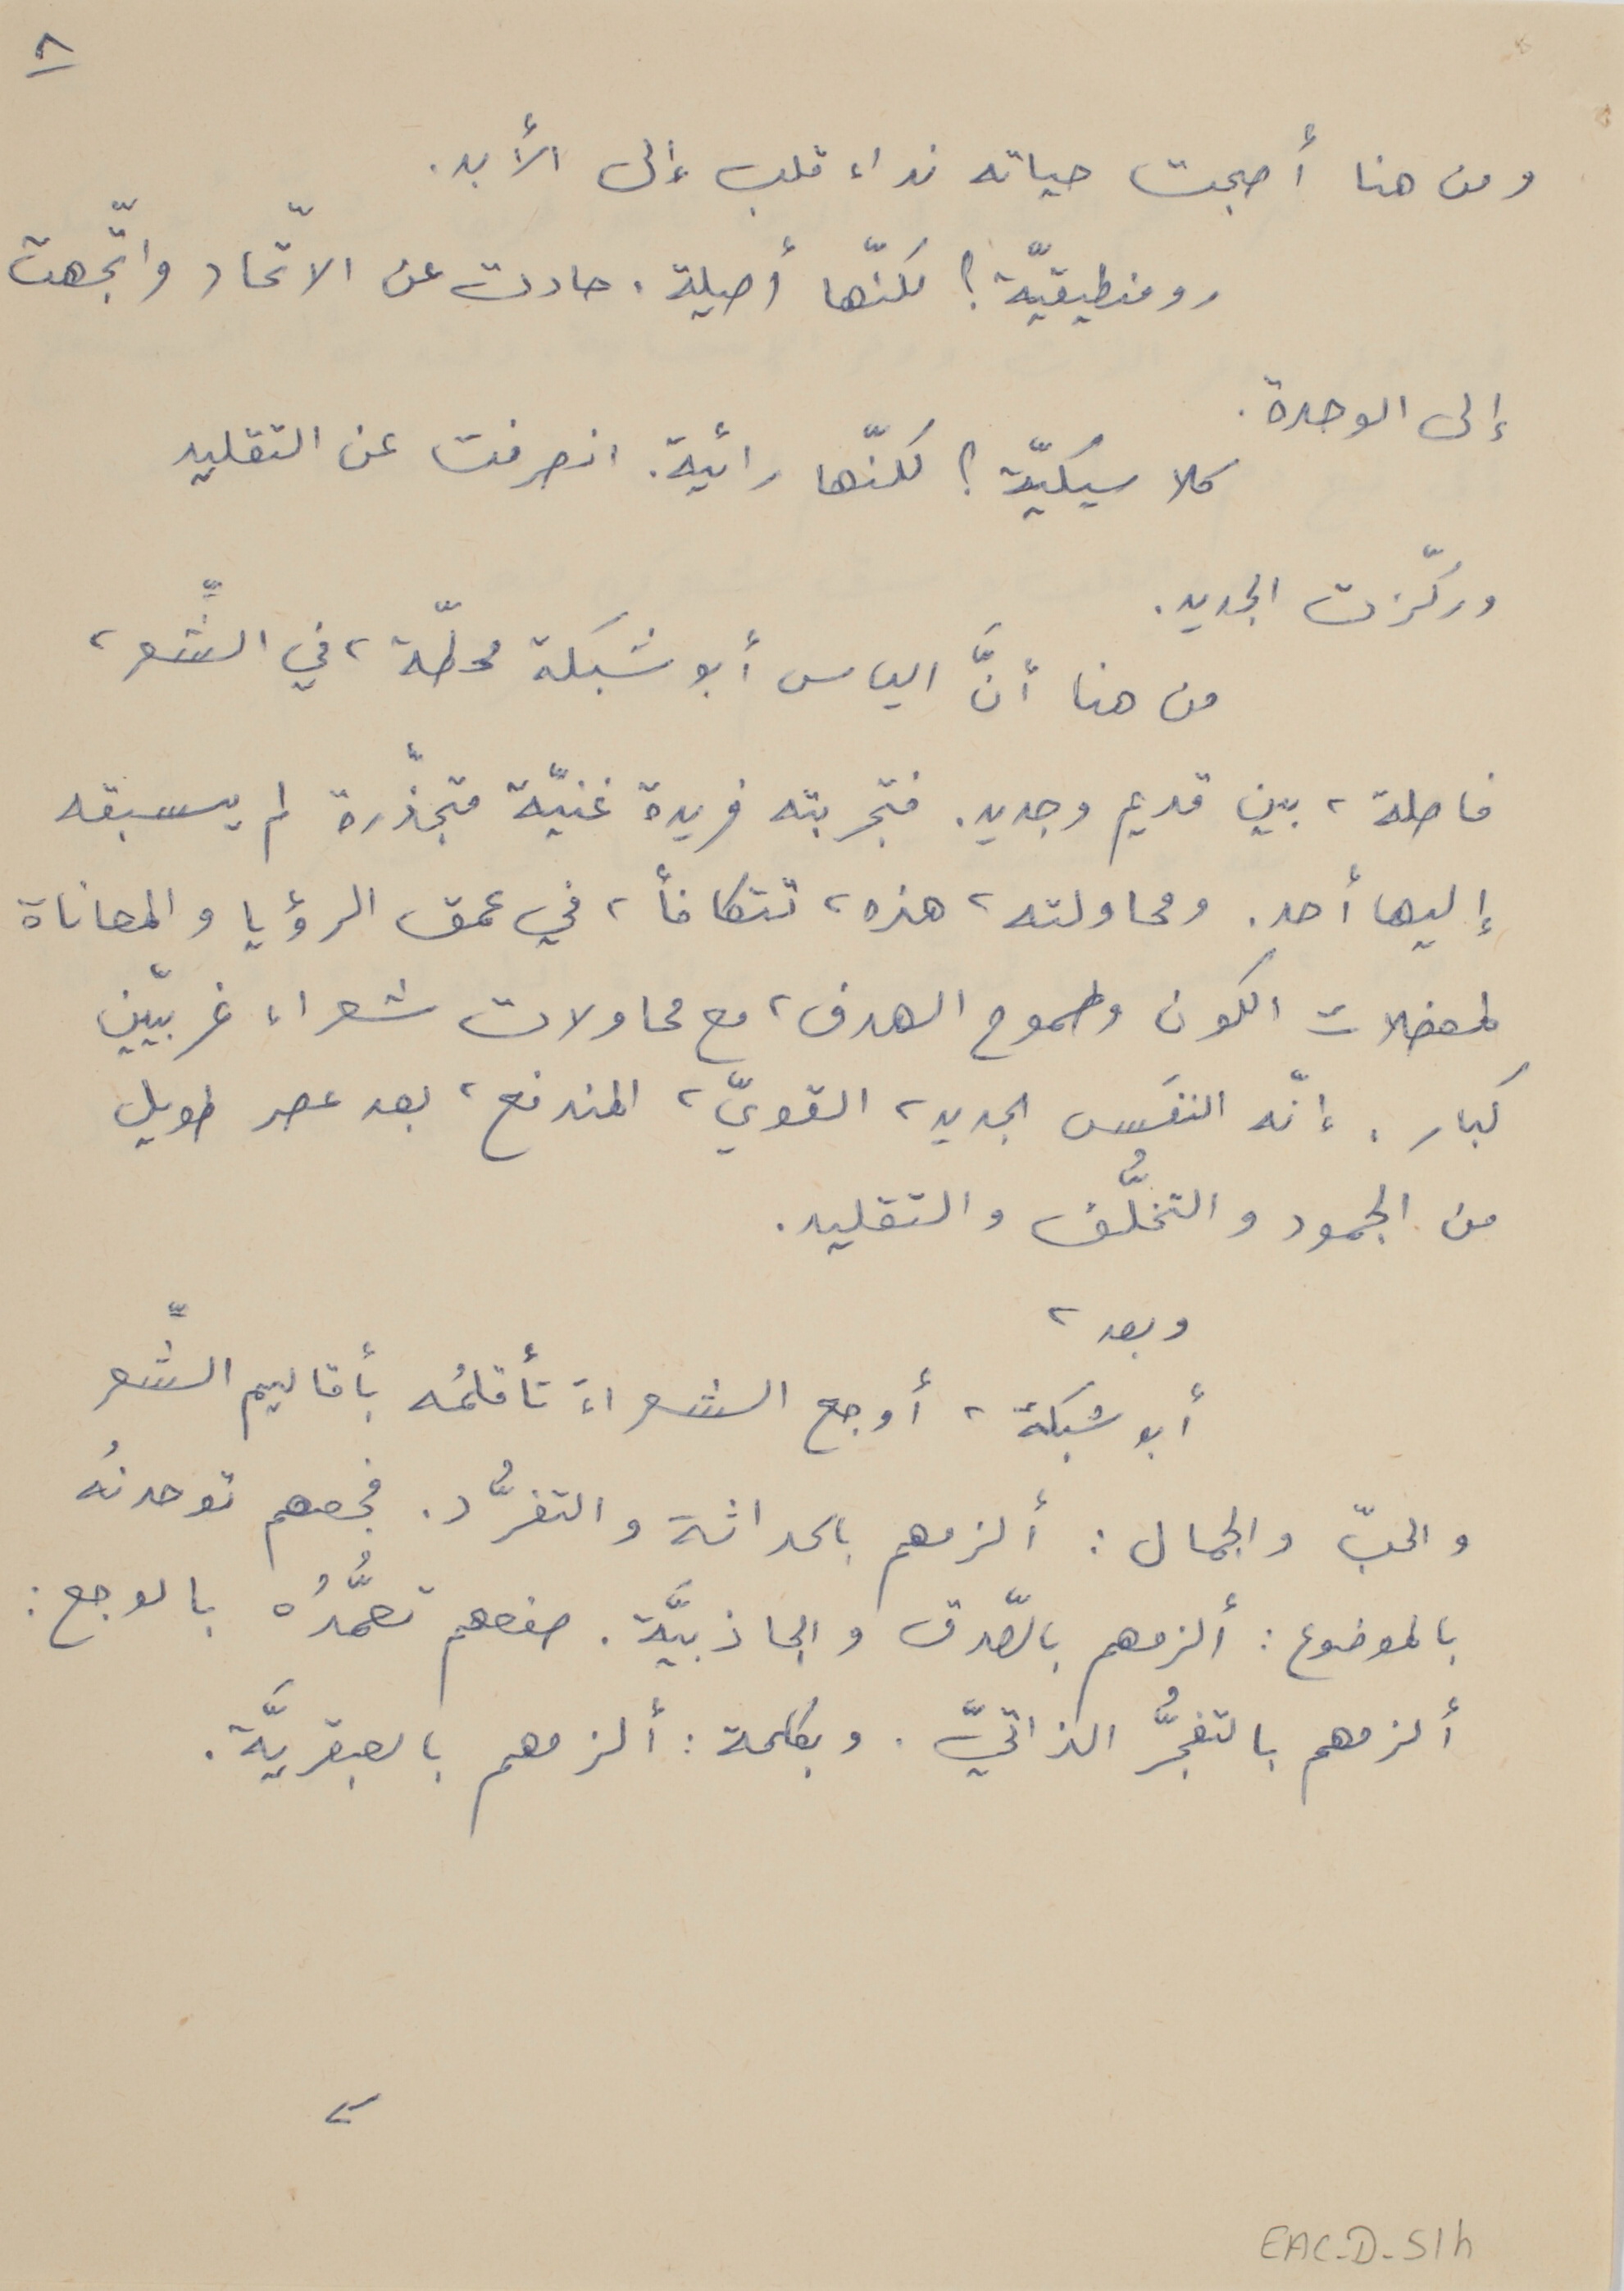
ومن هنا أصبحت حياته نداء قلب إلى الأبد.
رومنطيقيّة ؟ لكنّها أصيلة. حادت عن الاتحاد واتجهت
إلى الوحدة.
كلاسيكيّة؟ لكنّها رائية. انصرفت عن التقليد
وركّزت الجديد.
من هنا انَّ الياس أبو شبكة محطّة، في الشِّعر،
فاصلة، بين قديم وجديد. فتجربته فريدة غنيّة متجذّرة لم يسبقه
إليها أحد. ومحاولته، هذه، تتكافاً، في عمق الرؤيا والمعاناة
لمعضلات الكون وطموح الهدف، مع محاولات شعراء غربيّين
كبار، أنّه النفَس الجديد، القويّ، المندفع، بعد عصر طويل
من الجمود والتخلُّف والتقليد.
وبعد ،
أبو شبكة، أوجع الشعراء تأقلمُه بأقاليم الشِّعر
والحبّ والجمال : ألزمهم بالحداثة والتفرُّد. فجعهم توحدنُه
بالموضوع : ألزمهم بالصّدق والجاذبيَّة. صفعهم تعمُّدُه بالوجع :
ألزمهم بالتفجُّر الذاتيّ. وبكلمة : ألزمهم بالعبقريَّة.
EAC-D-51h
٨